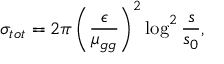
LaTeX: \sigma _ { t o t } = 2 \pi \left( \frac { \epsilon } { \mu _ { g g } } \right) ^ { 2 } \log ^ { 2 } \frac { s } { s _ { 0 } } ,